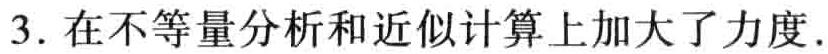
3. 在不等量分析和近似计算上加大了力度.